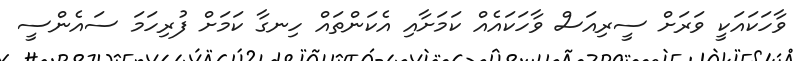
ވާހަކައަކީ ވަރަށް ސީރިއަސް ވާހަކައެއް ކަމަށާއި އެކަންތައް ހިނގާ ކަމަށް ފުރިހަމަ ސައެންސީ